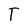
Character: T